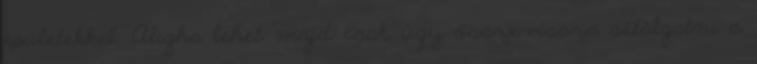
épületekkel. Aligha lehet majd csak úgy össze-vissza sétálgatni a